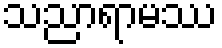
သညာရာမဿ